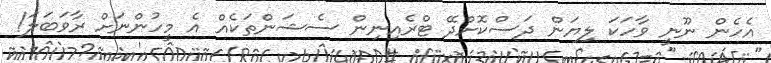
އެހެން ނޫނީ ވާހަކަ ލިޔަން ދަސްކޮށްދޭ ޓްރެއިނިން ސެޝަންތަކެއް އެ މީހުންނަށް ރާވަބަލަ!